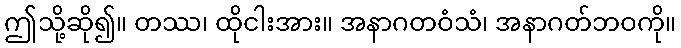
ဤသို့ဆို၍။ တဿ၊ ထိုငါးအား။ အနာဂတဝံသံ၊ အနာဂတ်ဘဝကို။